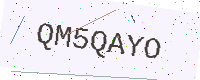
Text: QM5QAYO